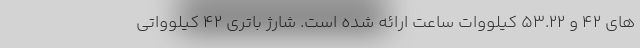
های 42 و 53.22 کیلووات ساعت ارائه شده است. شارژ باتری 42 کیلوواتی